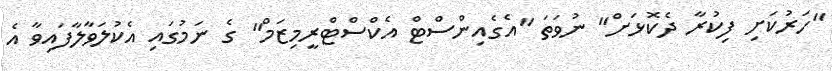
"ހަރުކަށި ފިކުރާ ދެކޮޅަށް" ނުވަތަ "އެގެއިންސްޓް އެކްސްޓްރީމިޒަމް" ގެ ނަމުގައި އެކުލަވާލާފައިވާ އެ